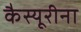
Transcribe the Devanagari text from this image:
कैस्यूरीना